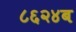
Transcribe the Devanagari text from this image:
८६२४ब